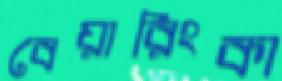
বেয়ারিংকা